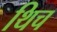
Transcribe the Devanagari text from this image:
थिच